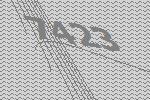
7423